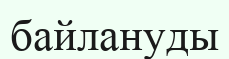
байлануды